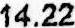
14.22